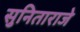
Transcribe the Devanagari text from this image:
सुनिताराजे